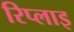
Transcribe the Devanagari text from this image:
रिप्लाइ